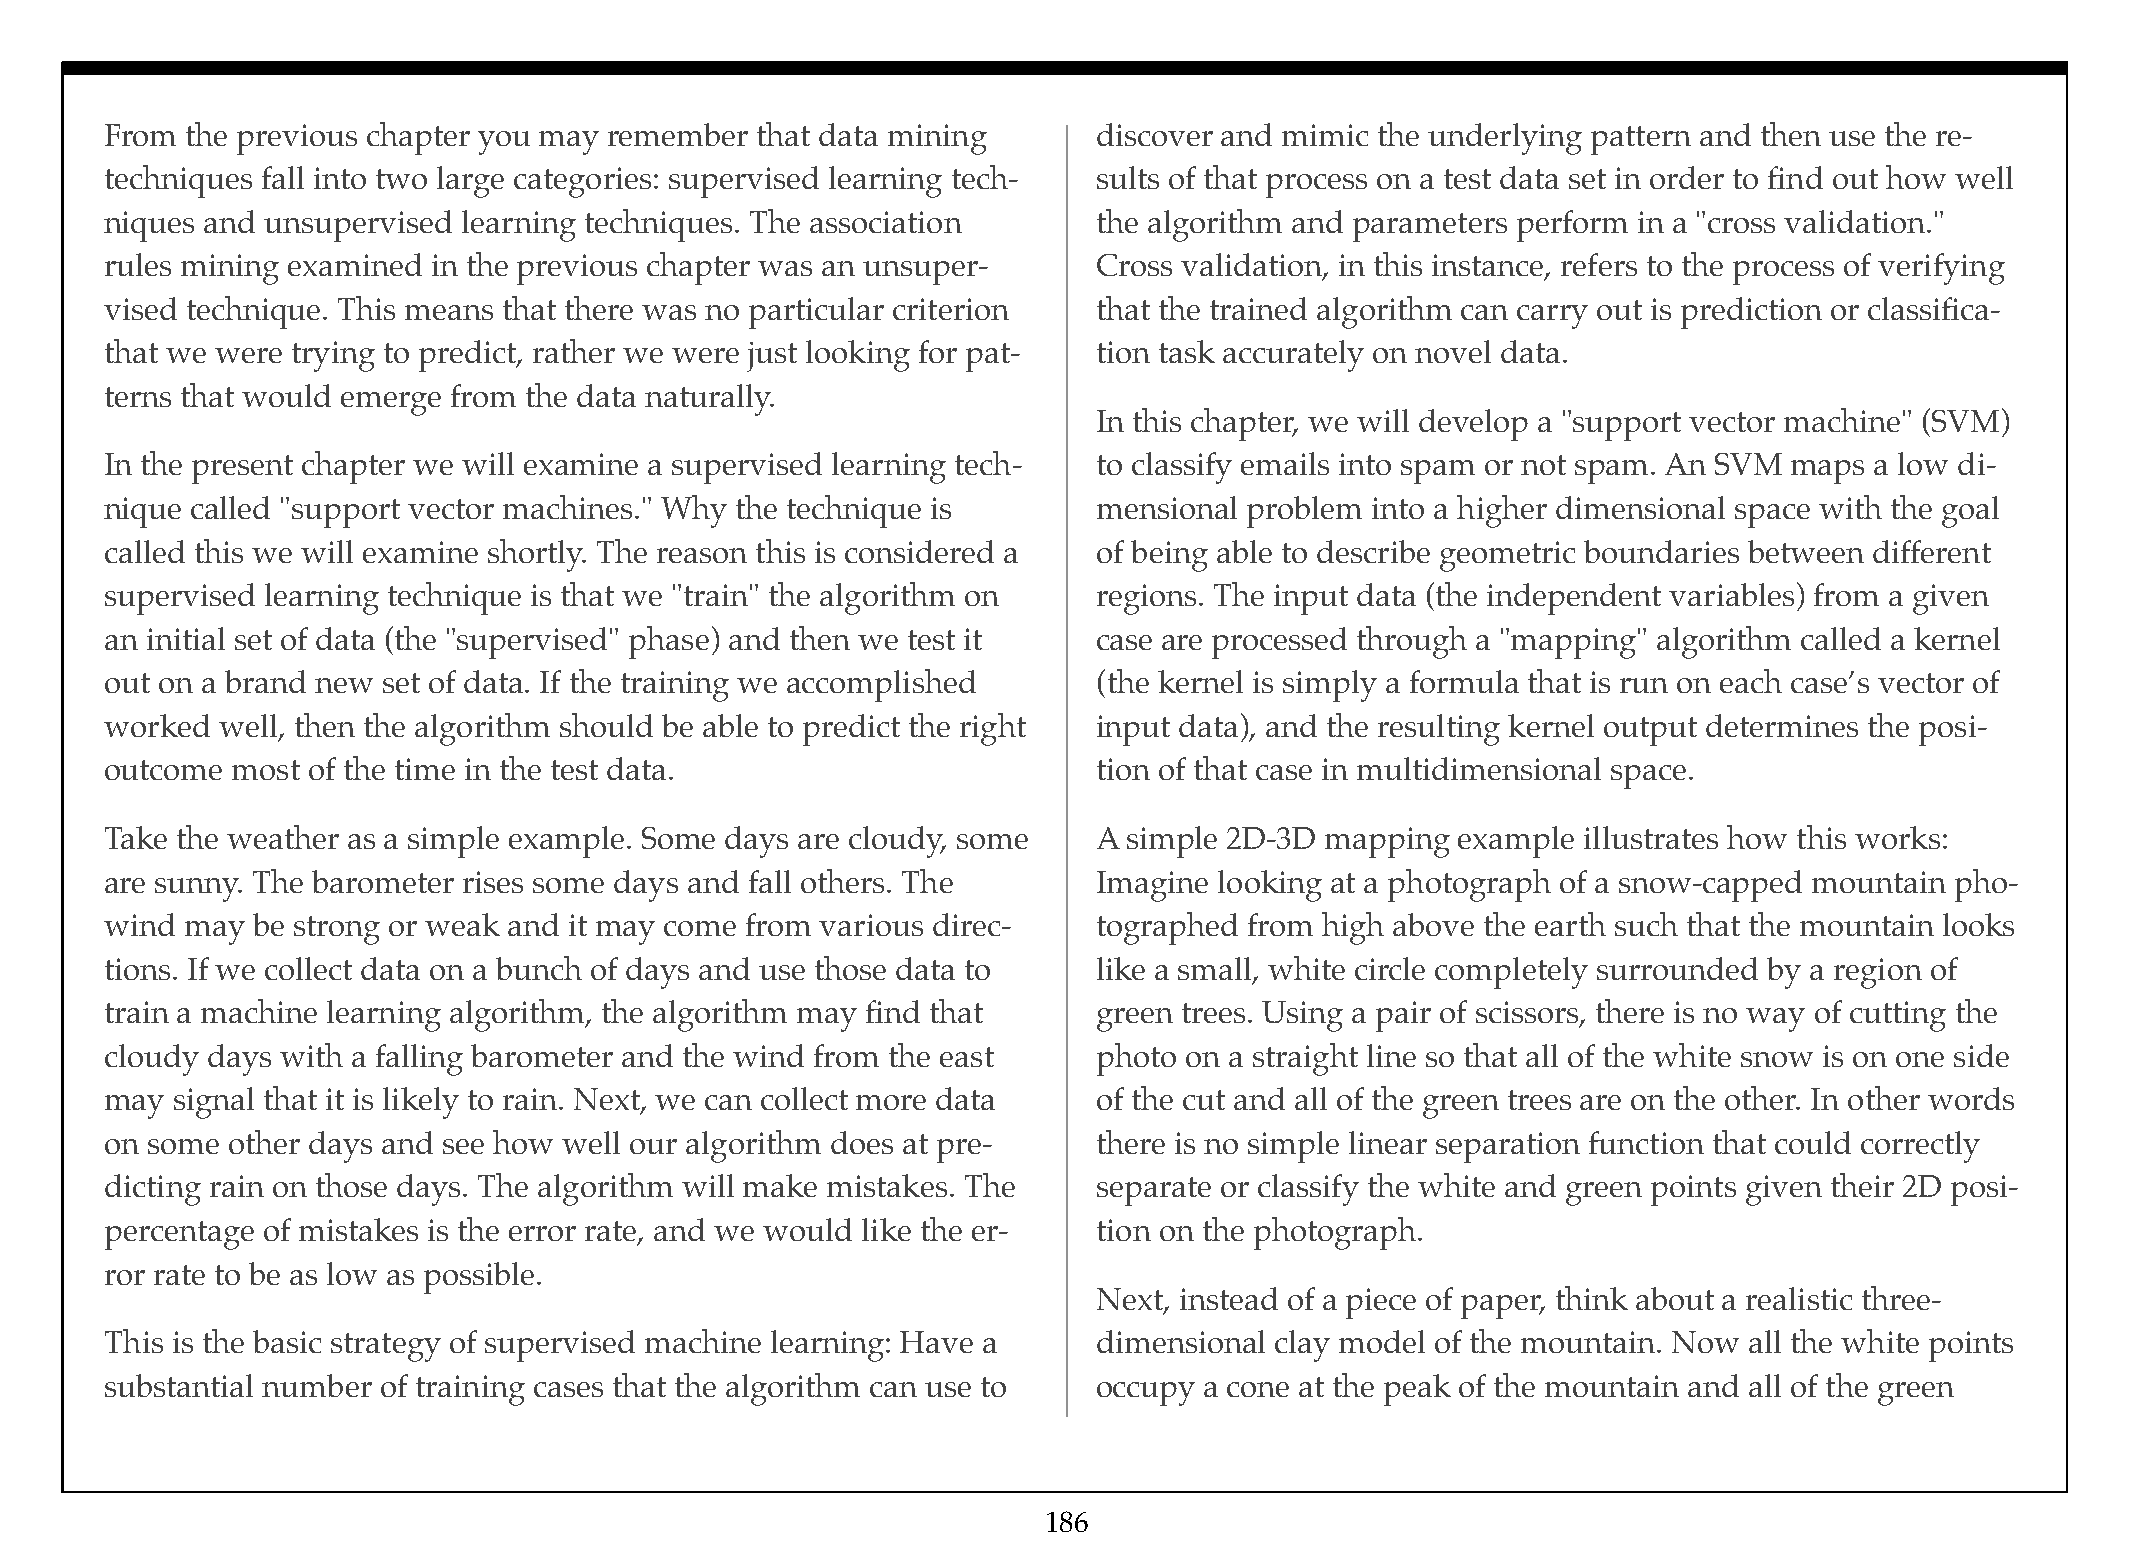
From the previous chapter you may remember that data mining       discover and mimic the underlying pattern and then use the re-
 techniques fall into two large categories: supervised learning tech- sults of that process on a test data set in order to find out how well
 niques and unsupervised learning techniques. The association      the algorithm and parameters perform in a "cross validation."
 rules mining examined in the previous chapter was an unsuper-     Cross validation, in this instance, refers to the process of verifying
 vised technique. This means that there was no particular criterion that the trained algorithm can carry out is prediction or classifica-
 that we were trying to predict, rather we were just looking for pat- tion task accurately on novel data.
 terns that would emerge from the data naturally.
 In this chapter, we will develop a "support vector machine" (SVM)
 In the present chapter we will examine a supervised learning tech- to classify emails into spam or not spam. An SVM maps a low di-
 nique called "support vector machines." Why the technique is      mensional problem into a higher dimensional space with the goal
 called this we will examine shortly. The reason this is considered a of being able to describe geometric boundaries between different
 supervised learning technique is that we "train" the algorithm on regions. The input data (the independent variables) from a given
 an initial set of data (the "supervised" phase) and then we test it case are processed through a "mapping" algorithm called a kernel
 out on a brand new set of data. If the training we accomplished   (the kernel is simply a formula that is run on each case’s vector of
 worked well, then the algorithm should be able to predict the right input data), and the resulting kernel output determines the posi-
 outcome most of the time in the test data.                        tion of that case in multidimensional space.
 Take the weather as a simple example. Some days are cloudy, some  A simple 2D-3D mapping  example illustrates how this works:
 are sunny. The barometer rises some days and fall others. The     Imagine looking at a photograph of a snow-capped mountain pho-
 wind may  be strong or weak and it may come from various direc-   tographed from high above the earth such that the mountain looks
 tions. If we collect data on a bunch of days and use those data to like a small, white circle completely surrounded by a region of
 train a machine learning algorithm, the algorithm may find that   green trees. Using a pair of scissors, there is no way of cutting the
 cloudy days with a falling barometer and the wind from the east   photo on a straight line so that all of the white snow is on one side
 may signal that it is likely to rain. Next, we can collect more data of the cut and all of the green trees are on the other. In other words
 on some other days and see how well our algorithm does at pre-    there is no simple linear separation function that could correctly
 dicting rain on those days. The algorithm will make mistakes. The separate or classify the white and green points given their 2D posi-
 percentage of mistakes is the error rate, and we would like the er- tion on the photograph.
 ror rate to be as low as possible.
 Next, instead of a piece of paper, think about a realistic three-
 This is the basic strategy of supervised machine learning: Have a dimensional clay model of the mountain. Now all the white points
 substantial number of training cases that the algorithm can use to occupy a cone at the peak of the mountain and all of the green
 186